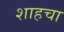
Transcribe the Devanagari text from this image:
शाहचा